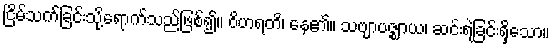
ငြိမ်သက်ခြင်းသို့ရောက်သည်ဖြစ်၍။ ဝိဟရတိ၊ နေ၏။ သဗျာပဇ္ဈာယ၊ ဆင်းရဲခြင်းရှိသော။